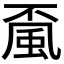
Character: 𩖲